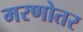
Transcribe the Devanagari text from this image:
मरणोतर